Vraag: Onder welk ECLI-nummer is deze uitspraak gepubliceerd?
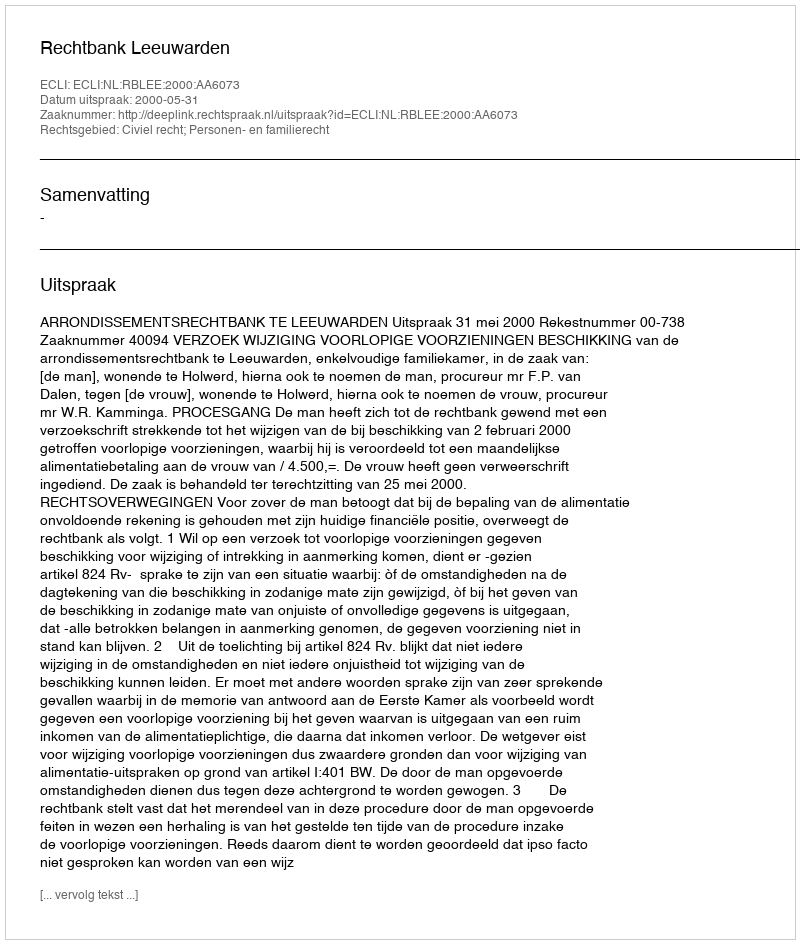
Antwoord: ECLI:NL:RBLEE:2000:AA6073